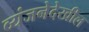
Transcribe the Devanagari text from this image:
व्यंजनेदेखील